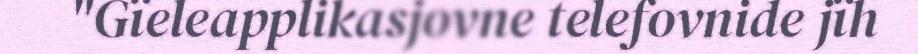
"Gïeleapplikasjovne telefovnide jïh